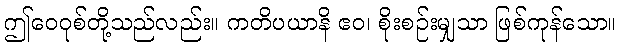
ဤဝေဝုစ်တို့သည်လည်း။ ကတိပယာနိ ဧဝ၊ စိုးစဉ်းမျှသာ ဖြစ်ကုန်သော။